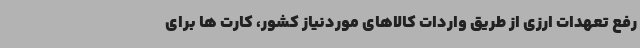
رفع تعهدات ارزی از طریق واردات کالاهای موردنیاز کشور، کارت ها برای